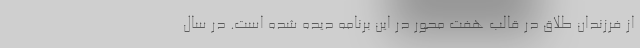
از فرزندان طلاق در قالب هفت محور در این برنامه دیده شده است. در سال